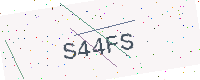
Text: S44FS